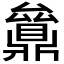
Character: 𠬔